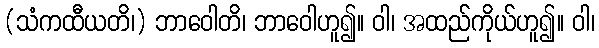
(သံကထီယတိ၊) ဘာဝေါတိ၊ ဘာဝေါဟူ၍။ ဝါ၊ အထည်ကိုယ်ဟူ၍။ ဝါ၊